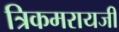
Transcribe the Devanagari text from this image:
त्रिकमरायजी